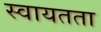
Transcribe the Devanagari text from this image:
स्‍वायतता